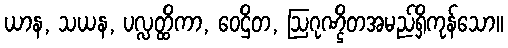
ယာန, သယန, ပလ္လတ္ထိကာ, ဝေဌိတ, ဩဂုဏ္ဌိတအမည်ရှိကုန်သော။